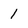
Character: 1